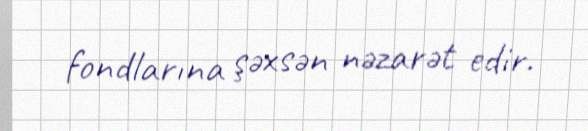
fondlarına şəxsən nəzarət edir.